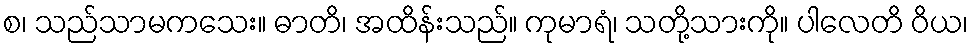
စ၊ သည်သာမကသေး။ ဓာတိ၊ အထိန်းသည်။ ကုမာရံ၊ သတို့သားကို။ ပါလေတိ ဝိယ၊